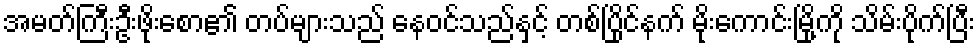
အမတ်ကြီးဦးဖိုးစော၏ တပ်များသည် နေဝင်သည်နှင့် တစ်ပြိုင်နက် မိုးကောင်းမြို့ကို သိမ်းပိုက်ပြီး